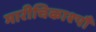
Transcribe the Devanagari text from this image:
मारीचिकाश्पौ